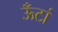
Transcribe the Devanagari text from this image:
ऊँटां